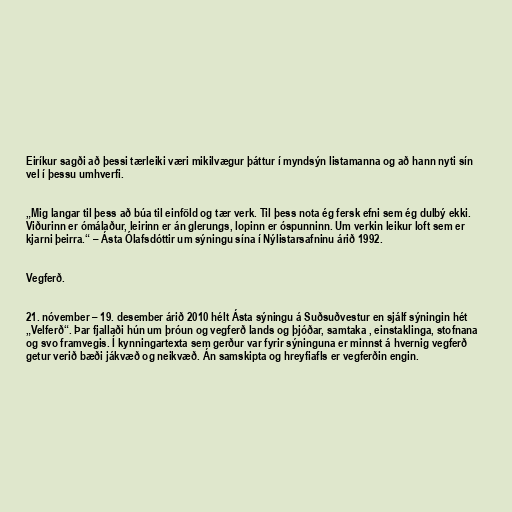
Eiríkur sagði að þessi tærleiki væri mikilvægur þáttur í myndsýn listamanna og að hann nyti sín
vel í þessu umhverfi.

„Mig langar til þess að búa til einföld og tær verk. Til þess nota ég fersk efni sem ég dulbý ekki.
Viðurinn er ómálaður, leirinn er án glerungs, lopinn er óspunninn. Um verkin leikur loft sem er
kjarni þeirra.“ – Ásta Ólafsdóttir um sýningu sína í Nýlistarsafninu árið 1992.

Vegferð.

21. nóvember – 19. desember árið 2010 hélt Ásta sýningu á Suðsuðvestur en sjálf sýningin hét
„Velferð“. Þar fjallaði hún um þróun og vegferð lands og þjóðar, samtaka , einstaklinga, stofnana
og svo framvegis. Í kynningartexta sem gerður var fyrir sýninguna er minnst á hvernig vegferð
getur verið bæði jákvæð og neikvæð. Án samskipta og hreyfiafls er vegferðin engin.